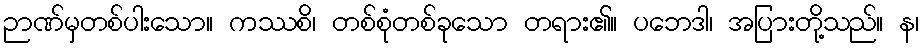
ဉာဏ်မှတစ်ပါးသော။ ကဿစိ၊ တစ်စုံတစ်ခုသော တရား၏။ ပဘေဒါ၊ အပြားတို့သည်။ န၊